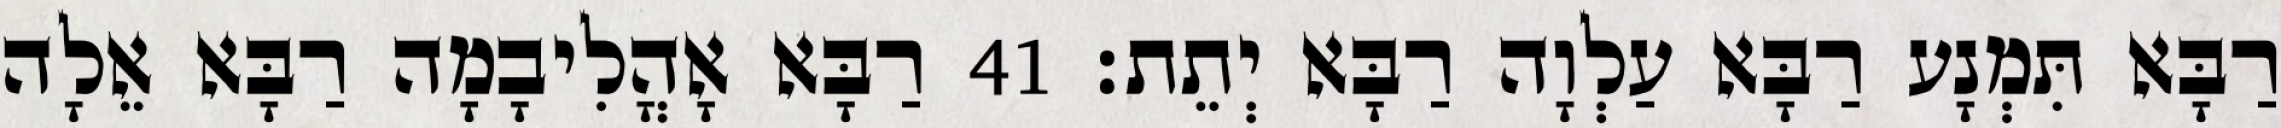
רַבָּא תִּמְנָע רַבָּא עַלְוָה רַבָּא יְתֵת׃ 41 רַבָּא אָהֳלִיבָמָה רַבָּא אֵלָה